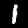
Label: 1